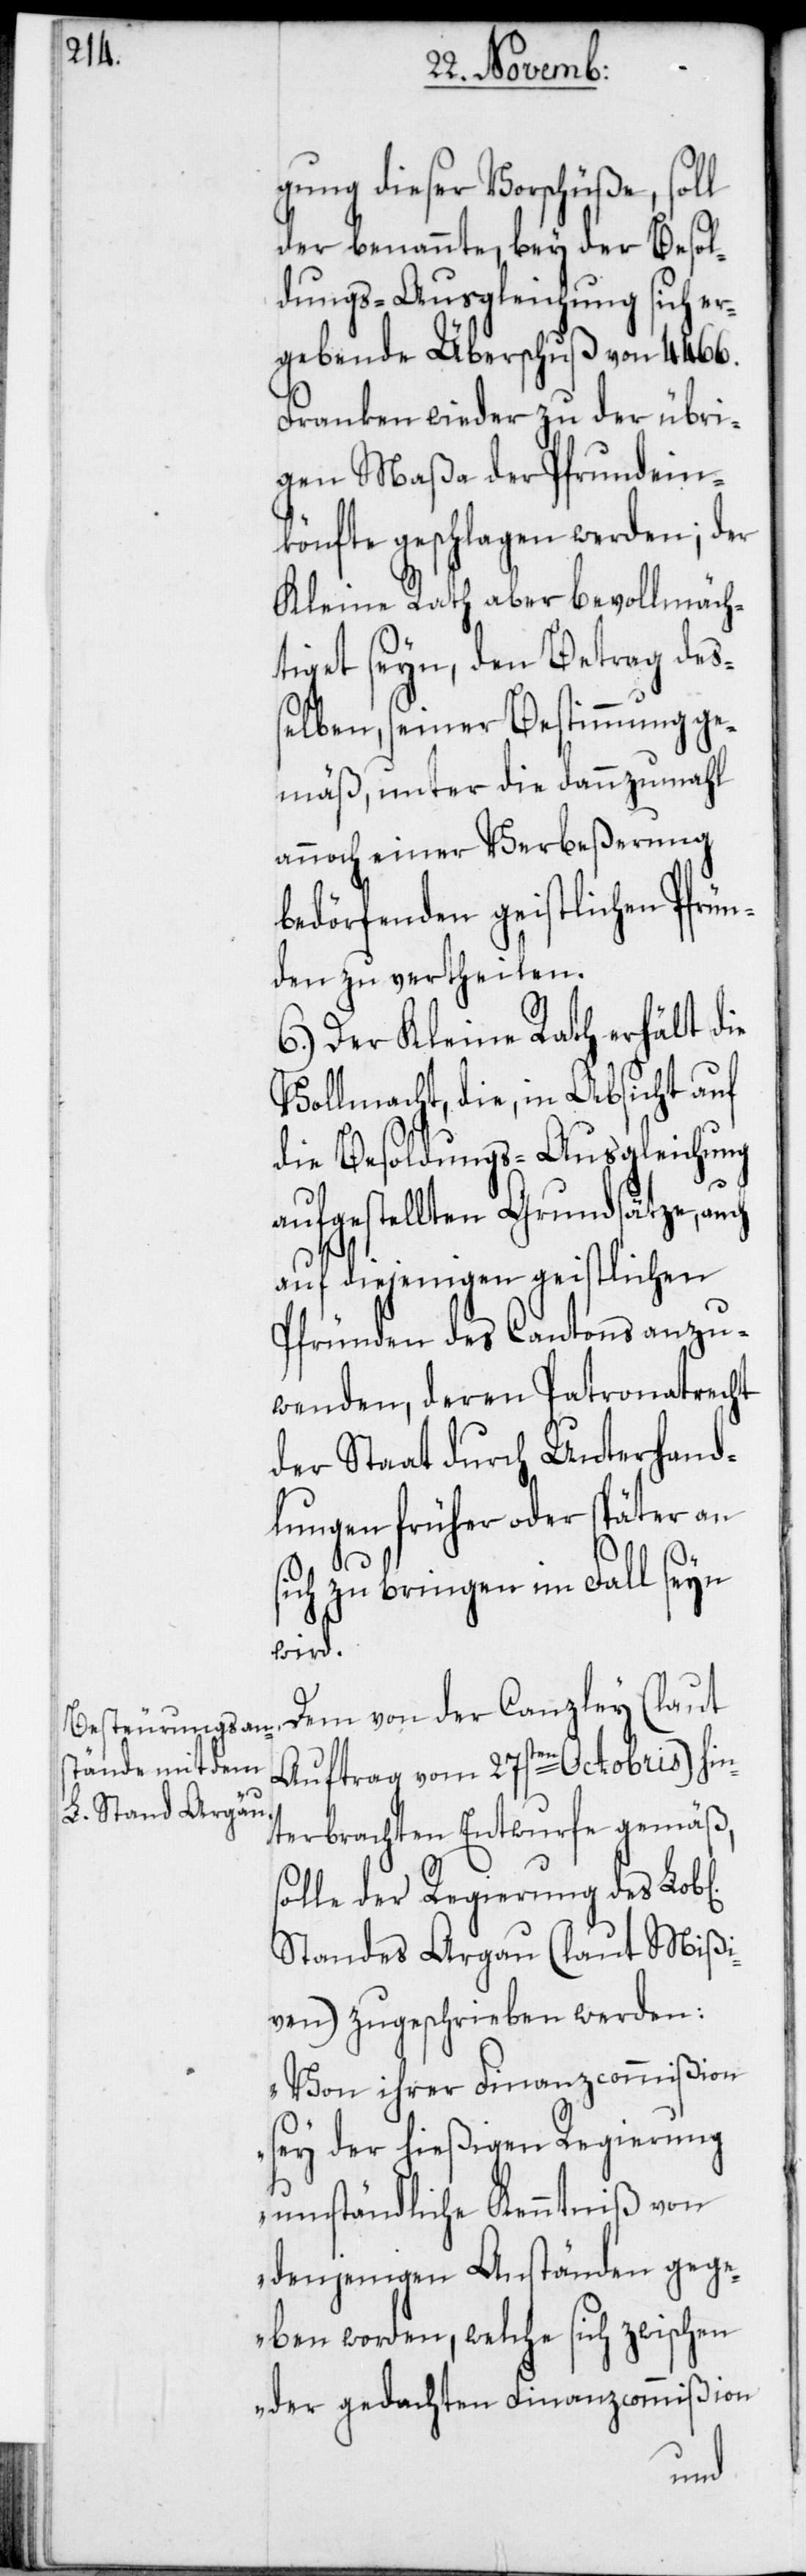
gung dieser Vorschüße, soll
der benannte, bey der Besol¬
dungs-Ausgleichung sich er¬
gebende Überschuß von 4466.
Franken wieder zu der übri¬
gen Maßa der Pfrundein¬
könfte geschlagen werden; der
Kleine Rath aber bevollmäch¬
tiget seyn, den Betrag deß¬
elben, seiner Bestimmung ge¬
mäß, unter die dannzumahl
annoch einer Verbeßerung
bedörfenden geistlichen Pfrün¬
den zu vertheilen.
6.) Der Kleine Rath erhält die
Vollmacht, die in Absicht auf
die Besoldungs-Ausgleichung
aufgestellten Grundsätze, a¬
auf diejenigen geistlichen
Pfründen des Cantons anzu¬
wenden, deren Patronatrecht
der Staat durch Unterhand¬
lungen früher oder später an
ichen]
sich zu bringen im Fall seyn
wird.
Dem von der Canzley (laut
Auftrag vom 27sten Octobris) hin¬
terbrachten Entwurfe gemäß,
solle der Regierung des Lob[l¬
Standes Argau (laut Mißi¬
ven) zugeschrieben werden:
„Von ihrer Finanzcommißion
sey der hießigen Regierung
umständliche Kenntniß von
denjenigen Anständen geg¬
eben worden, welche sich zwischen
der gedachten Finanzcommißion
uch